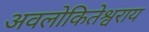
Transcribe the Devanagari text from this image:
अवलोकितेश्वराय